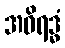
အဝိရဒ္ဓံ